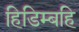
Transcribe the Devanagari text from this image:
हिडिम्बहि